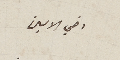
اخي الامين